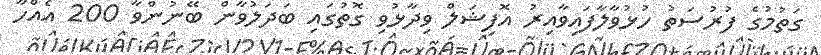
ގަތުމުގެ ފުުރުސަތު ހުޅުވާލާފައިވާއިރު އޮފިޝަލް ވިދާޅުވި ގޮތުގައި ބަދަލުވާން ބޭނުންވާ 200 އެއްހާ